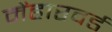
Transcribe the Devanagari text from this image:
मेंहारवर्ड